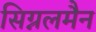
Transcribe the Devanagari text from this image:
सिग्नलमैन